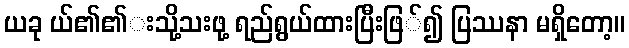
ယခု ယ်၏၏းသို့သးဖု့ ရည်ရွယ်ထားပြီးဖြ်၍ ပြဿနာ မရှိတော့။